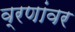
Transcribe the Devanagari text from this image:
व्रणांवर